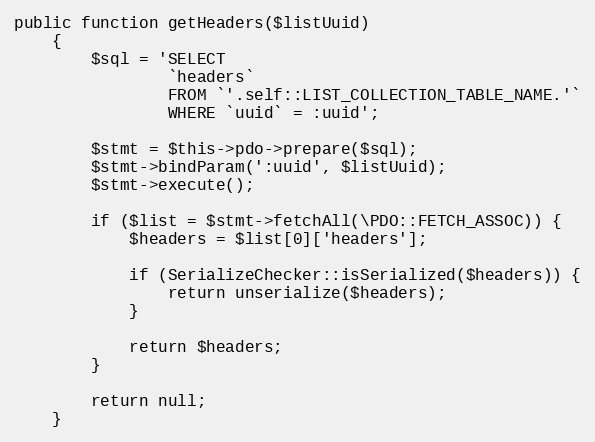
Language: PHP
public function getHeaders($listUuid)
    {
        $sql = 'SELECT
                `headers`
                FROM `'.self::LIST_COLLECTION_TABLE_NAME.'`
                WHERE `uuid` = :uuid';

        $stmt = $this->pdo->prepare($sql);
        $stmt->bindParam(':uuid', $listUuid);
        $stmt->execute();

        if ($list = $stmt->fetchAll(\PDO::FETCH_ASSOC)) {
            $headers = $list[0]['headers'];

            if (SerializeChecker::isSerialized($headers)) {
                return unserialize($headers);
            }

            return $headers;
        }

        return null;
    }